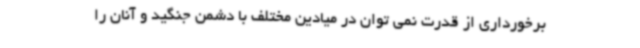
برخورداری از قدرت نمی توان در میادین مختلف با دشمن جنگید و آنان را